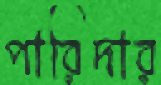
পারিদার